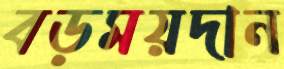
বড়ময়দান